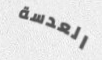
العدسة